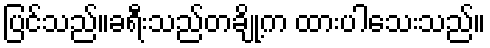
ပြင်သည်။ခရီးသည်တချို့က ထားပါသေးသည်။